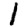
Digit: 1